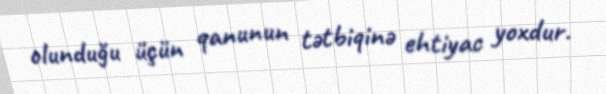
olunduğu üçün qanunun tətbiqinə ehtiyac yoxdur.